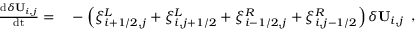
\begin{array} { r l } { \frac { \mathrm { d } \delta \mathbf { U } _ { i , j } } { \mathrm { d t } } = } & { { } - \left( \xi _ { i + 1 / 2 , j } ^ { L } + \xi _ { i , j + 1 / 2 } ^ { L } + \xi _ { i - 1 / 2 , j } ^ { R } + \xi _ { i , j - 1 / 2 } ^ { R } \right) \delta \mathbf { U } _ { i , j } } \end{array} ,